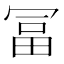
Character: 冨